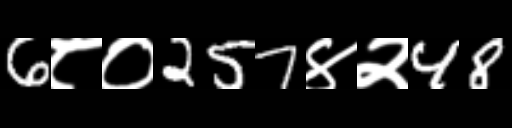
Text: 6८०257४२48